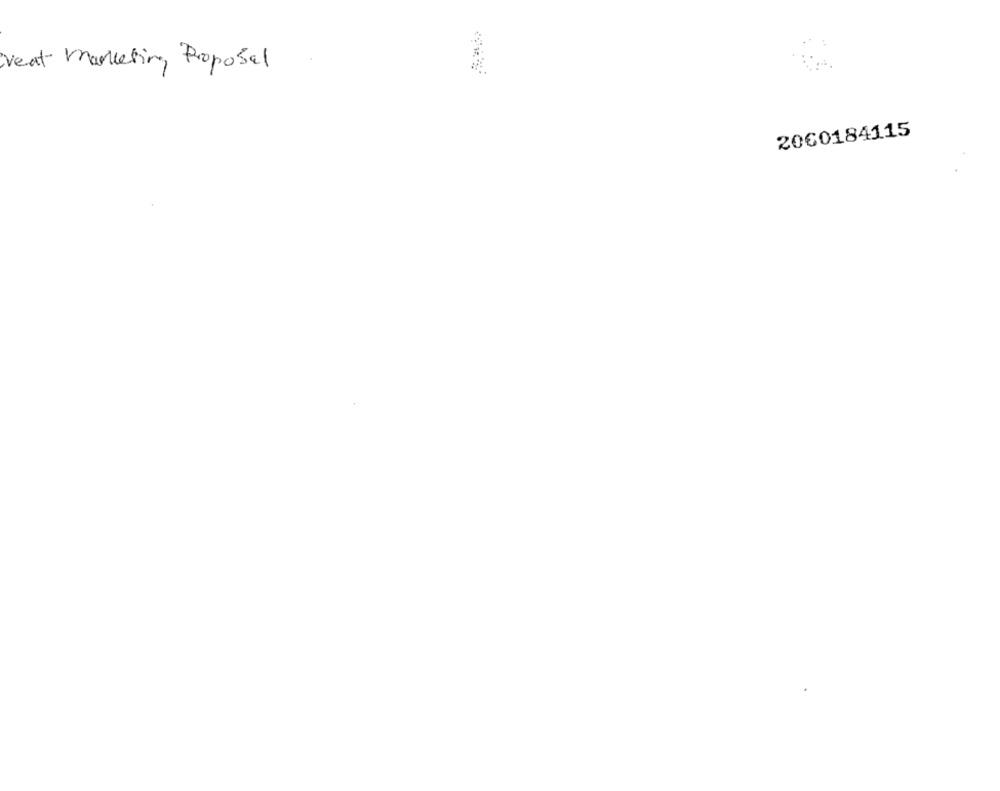
veat marketing, Proposal
2060184115